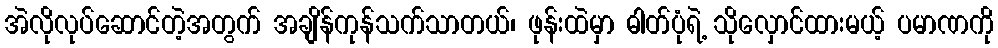
အဲလိုလုပ်ဆောင်တဲ့အတွက် အချိန်ကုန်သက်သာတယ်၊ ဖုန်းထဲမှာ ဓါတ်ပုံရဲ့ သိုလှောင်ထားမယ့် ပမာဏကို